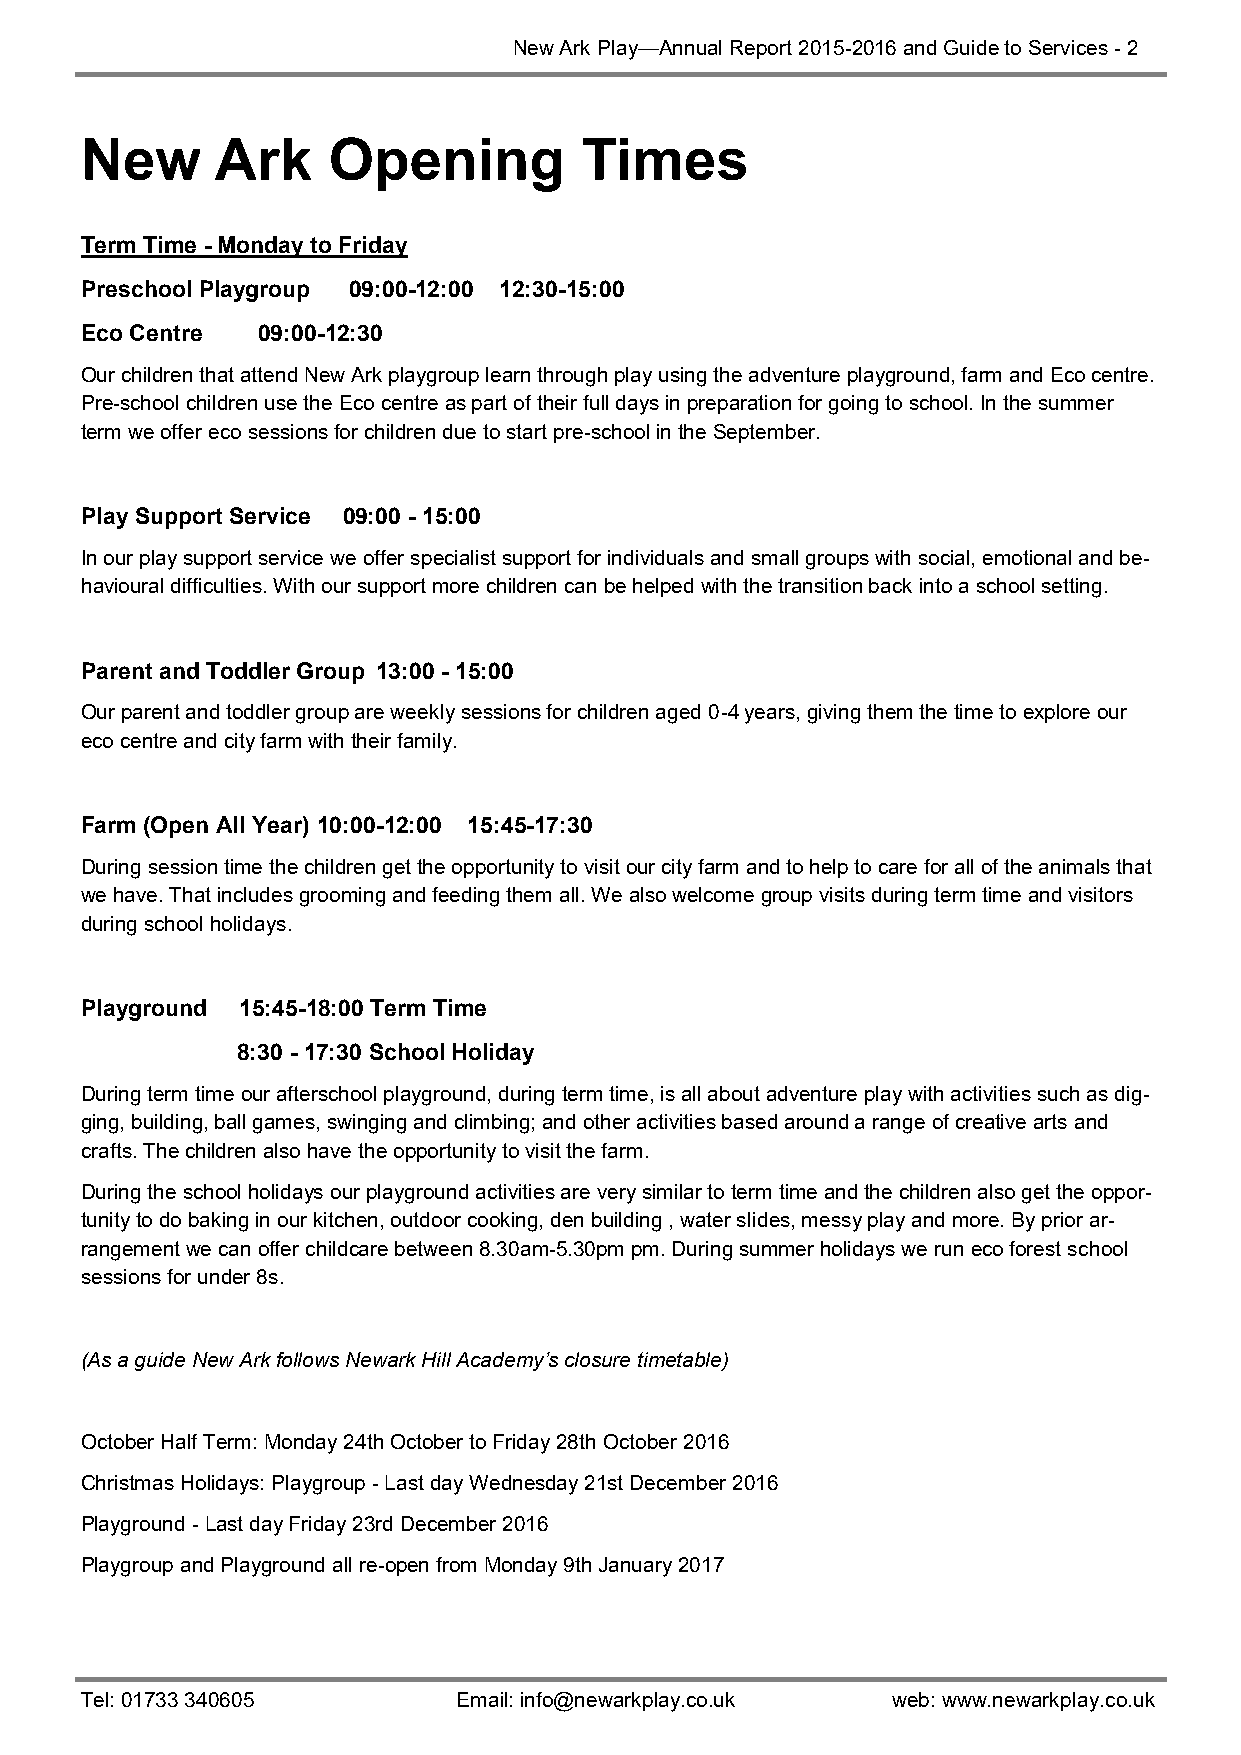
New Ark Play—Annual Report 2015-2016 and Guide to Services - 2
 New      Ark     Opening         Times
 Term Time - Monday to Friday
 Preschool Playgroup 09:00-12:00 12:30-15:00
 Eco Centre  09:00-12:30
 Our children that attend New Ark playgroup learn through play using the adventure playground, farm and Eco centre.
 Pre-school children use the Eco centre as part of their full days in preparation for going to school. In the summer
 term we offer eco sessions for children due to start pre-school in the September.
 Play Support Service 09:00 - 15:00
 In our play support service we offer specialist support for individuals and small groups with social, emotional and be-
 havioural difficulties. With our support more children can be helped with the transition back into a school setting.
 Parent and Toddler Group 13:00 - 15:00
 Our parent and toddler group are weekly sessions for children aged 0-4 years, giving them the time to explore our
 eco centre and city farm with their family.
 Farm (Open All Year) 10:00-12:00 15:45-17:30
 During session time the children get the opportunity to visit our city farm and to help to care for all of the animals that
 we have. That includes grooming and feeding them all. We also welcome group visits during term time and visitors
 during school holidays.
 Playground 15:45-18:00 Term Time
 8:30 - 17:30 School Holiday
 During term time our afterschool playground, during term time, is all about adventure play with activities such as dig-
 ging, building, ball games, swinging and climbing; and other activities based around a range of creative arts and
 crafts. The children also have the opportunity to visit the farm.
 During the school holidays our playground activities are very similar to term time and the children also get the oppor-
 tunity to do baking in our kitchen, outdoor cooking, den building , water slides, messy play and more. By prior ar-
 rangement we can offer childcare between 8.30am-5.30pm pm. During summer holidays we run eco forest school
 sessions for under 8s.
 (As a guide New Ark follows Newark Hill Academy’s closure timetable)
 October Half Term: Monday 24th October to Friday 28th October 2016
 Christmas Holidays: Playgroup - Last day Wednesday 21st December 2016
 Playground - Last day Friday 23rd December 2016
 Playgroup and Playground all re-open from Monday 9th January 2017
 Tel: 01733 340605        Email: info@newarkplay.co.uk web: www.newarkplay.co.uk